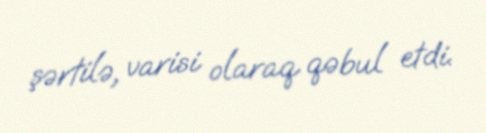
şərtilə, varisi olaraq qəbul etdi.